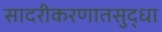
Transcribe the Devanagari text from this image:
सादरीकरणातसुद्धा